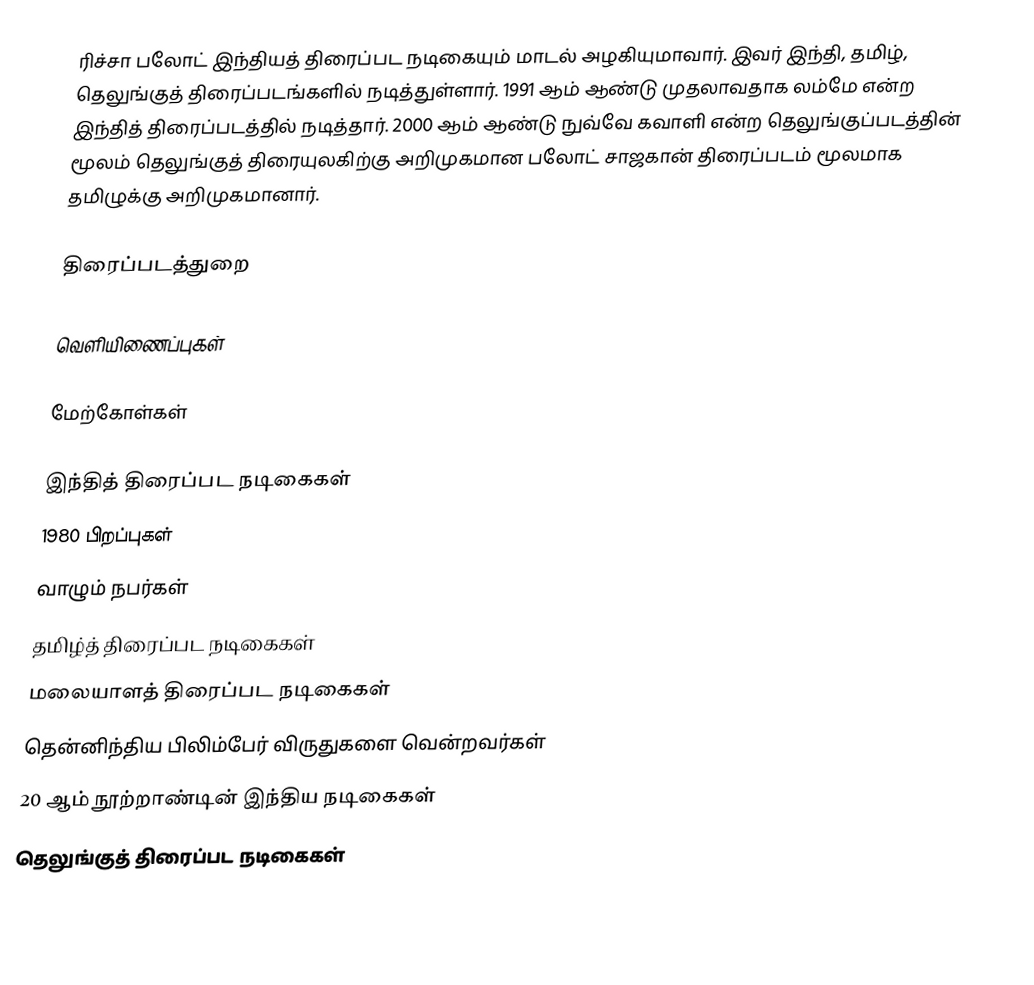
ரிச்சா பலோட் இந்தியத் திரைப்பட நடிகையும் மாடல் அழகியுமாவார். இவர் இந்தி, தமிழ், தெலுங்குத் திரைப்படங்களில் நடித்துள்ளார். 1991 ஆம் ஆண்டு முதலாவதாக லம்மே என்ற இந்தித் திரைப்படத்தில் நடித்தார். 2000 ஆம் ஆண்டு நுவ்வே கவாளி என்ற தெலுங்குப்படத்தின் மூலம் தெலுங்குத் திரையுலகிற்கு அறிமுகமான பலோட் சாஜகான் திரைப்படம் மூலமாக தமிழுக்கு அறிமுகமானார்.

திரைப்படத்துறை

வெளியிணைப்புகள்

மேற்கோள்கள்

இந்தித் திரைப்பட நடிகைகள்
1980 பிறப்புகள்
வாழும் நபர்கள்
தமிழ்த் திரைப்பட நடிகைகள்
மலையாளத் திரைப்பட நடிகைகள்
தென்னிந்திய பிலிம்பேர் விருதுகளை வென்றவர்கள்
20 ஆம் நூற்றாண்டின் இந்திய நடிகைகள்
தெலுங்குத் திரைப்பட நடிகைகள்